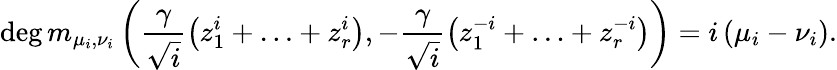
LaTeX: \deg m_{\mu_{i},\nu_{i}}\left(\frac{\gamma}{\sqrt{i}}\left(z_{1}^{i}+\ldots+z_{r}^{i}\right),-\frac{\gamma}{\sqrt{i}}\left(z_{1}^{-i}+\ldots+z_{r}^{-i}\right)\right)=i\left(\mu_{i}-\nu_{i}\right).